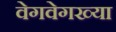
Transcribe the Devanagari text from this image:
वेगवेगख्या